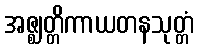
အဇ္ဈတ္တိကာယတနသုတ္တံ